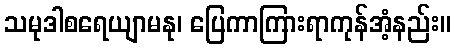
သမုဒါစရေယျာမနု၊ ပြေကာကြားရာကုန်အံ့နည်း။